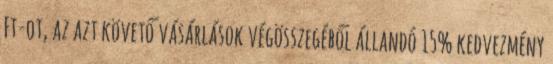
Ft-ot, az azt követő vásárlások végösszegéből állandó 15% kedvezmény